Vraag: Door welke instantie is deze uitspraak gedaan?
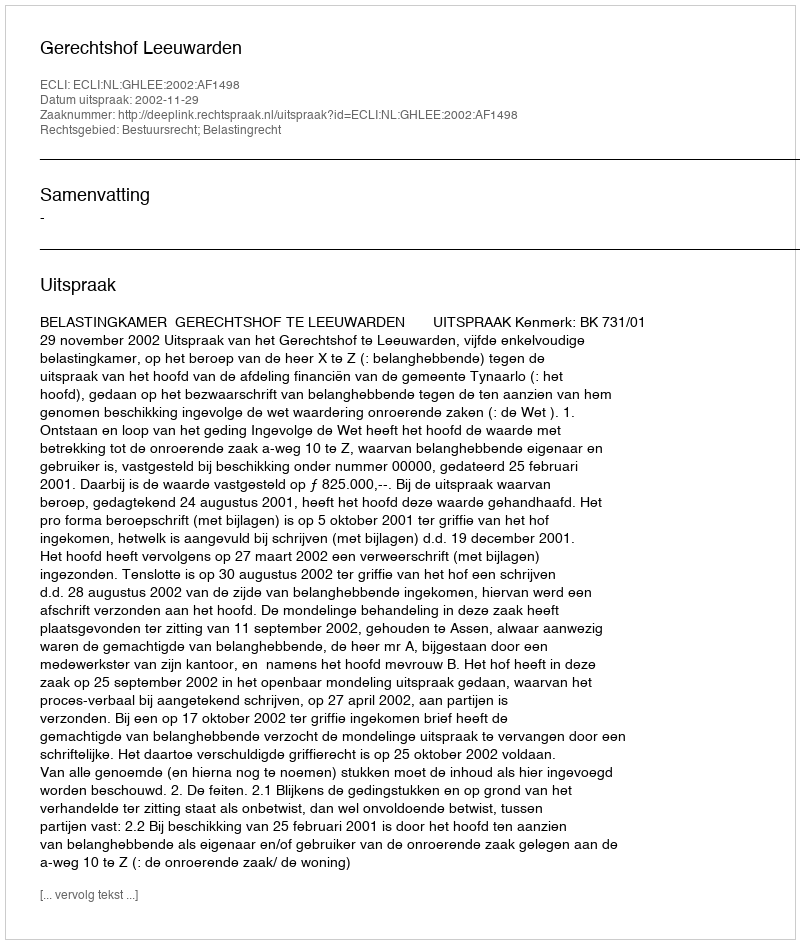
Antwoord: Gerechtshof Leeuwarden